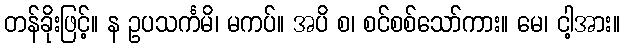
တန်ခိုးဖြင့်။ န ဥပသင်္ကမိ၊ မကပ်။ အပိ စ၊ စင်စစ်သော်ကား။ မေ၊ ငါ့အား။